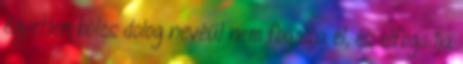
egyetlen bölcs dolog nevéül nem fogadja el, és elfogadja